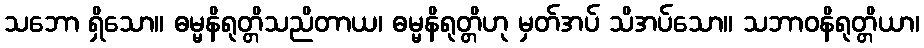
သဘော ရှိသော။ ဓမ္မနိရုတ္တိသညိတာယ၊ ဓမ္မနိရုတ္တိဟု မှတ်အပ် သိအပ်သော။ သဘာဝနိရုတ္တိယာ၊